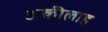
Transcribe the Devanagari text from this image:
अकीलाह